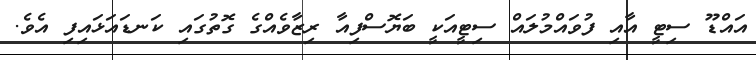
އައްޑޫ ސިޓީ އާއި ފުވައްމުލައް ސިޓީއަކީ ބަޔޮސްފިއާ ރިޒާވެއްގެ ގޮތުގައި ކަނޑައަޅައިފި އެވެ.